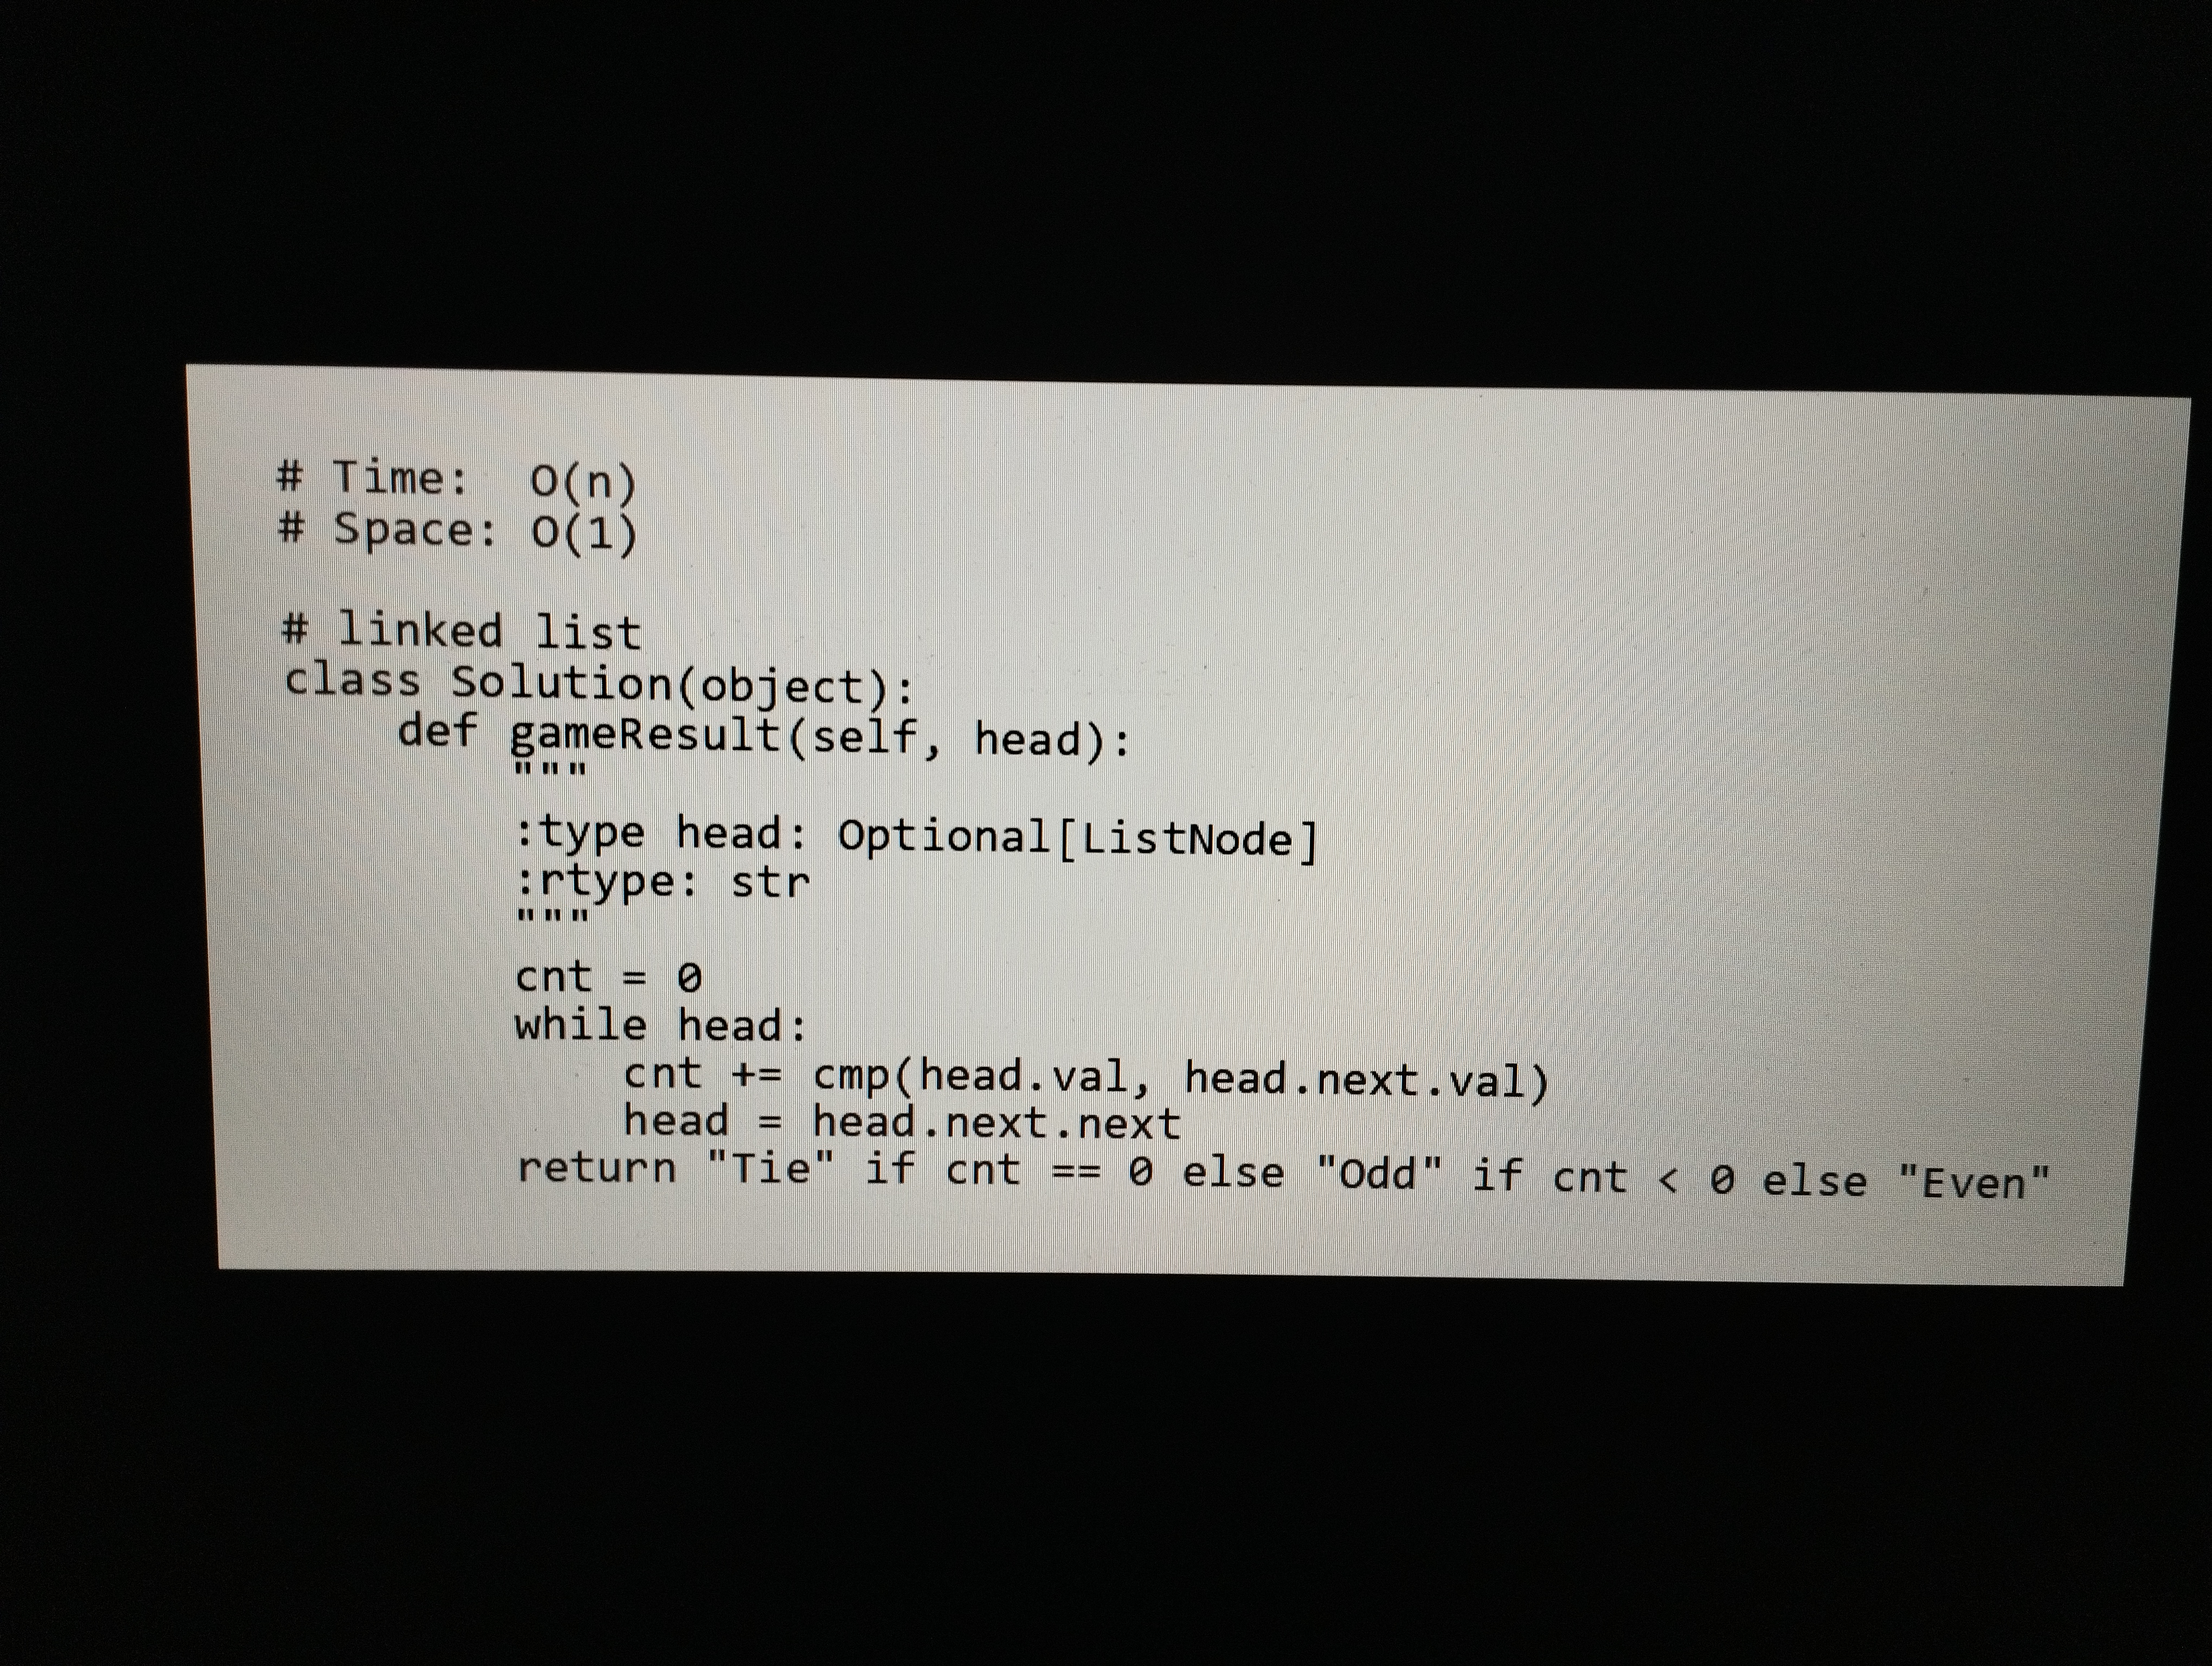
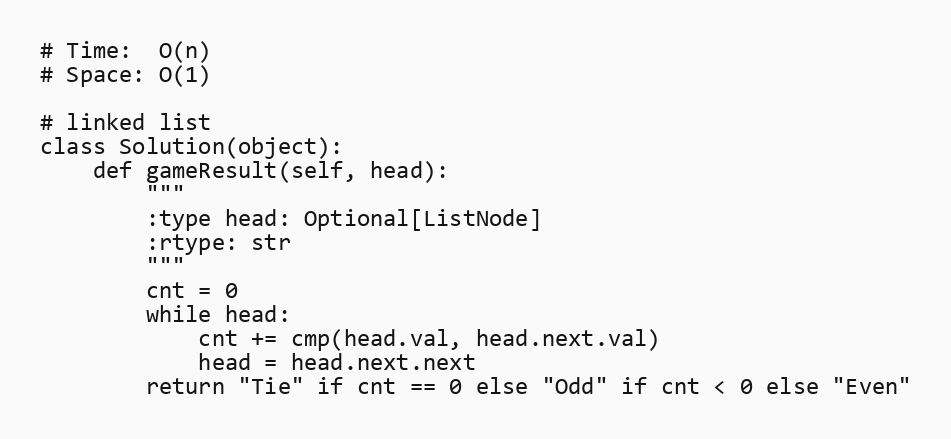
# Time:  O(n)
# Space: O(1)

# linked list
class Solution(object):
    def gameResult(self, head):
        """
        :type head: Optional[ListNode]
        :rtype: str
        """
        cnt = 0
        while head:
            cnt += cmp(head.val, head.next.val)
            head = head.next.next
        return "Tie" if cnt == 0 else "Odd" if cnt < 0 else "Even"